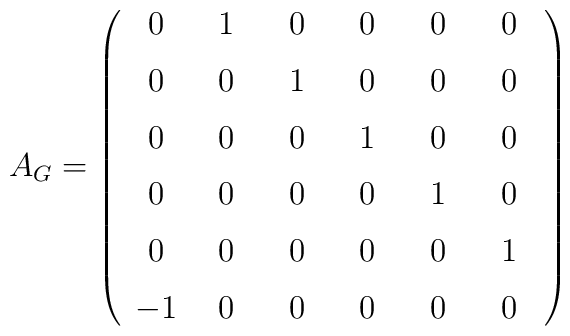
A_G = \left(\begin{array}{cccccc}0&\hspace{1.7mm}1\hspace{1.7mm}&\hspace{1.7mm}0\hspace{1.7mm}&\hspace{1.7mm}0\hspace{1.7mm}&\hspace{1.7mm}0\hspace{1.7mm}&\hspace{1.7mm}0\hspace{1.7mm}\\\noalign{\medskip}0&0&1&0&0&0\\\noalign{\medskip}0&0&0&1&0&0\\\noalign{\medskip}0&0&0&0&1&0\\\noalign{\medskip}0&0&0&0&0&1\\\noalign{\medskip}-1&0&0&0&0&0\end{array}\right)